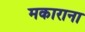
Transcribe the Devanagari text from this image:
मकाराना